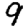
Digit: 9